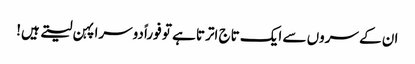
ان کے سروں سے ایک تاج اترتا ہے تو فوراً دوسرا پہن لیتے ہیں!